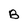
Character: B